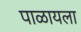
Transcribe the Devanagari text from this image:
पाळायला